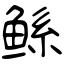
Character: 鲧